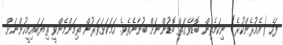
ފަހެ (އެއުރެންކުރެ) ނިކަމެތިން ބޮޑާވެގަތް ބޮޑުންނަށް ބުނާނެތެވެ. ހަމަކަށަވަރުން ތިމަންމެންވީ ތިޔަބައިމީހުންނަށް